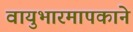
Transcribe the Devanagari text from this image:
वायुभारमापकाने